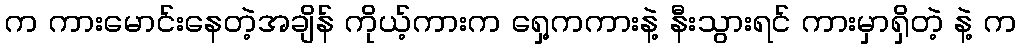
က ကားမောင်းနေတဲ့အချိန် ကိုယ့်ကားက ရှေ့ကကားနဲ့ နီးသွားရင် ကားမှာရှိတဲ့ နဲ့ က